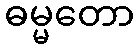
ဓမ္မတော